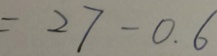
= 2 7 - 0 . 6